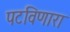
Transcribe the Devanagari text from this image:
पटविणारा